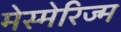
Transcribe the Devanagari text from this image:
मेस्मेरिज्म